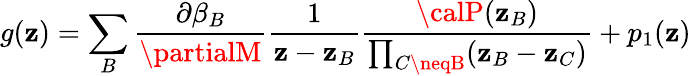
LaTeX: g(\mathbf{z})=\sum_{B}\frac{{\partial\beta_{B}}}{{\partialM}}\frac{{1}}{{\mathbf{z}-\mathbf{z}_{B}}}\frac{{{\calP}(\mathbf{z}_{B})}}{{\prod_{C\neqB}(\mathbf{z}_{B}-\mathbf{z}_{C})}}+p_{1}(\mathbf{z})